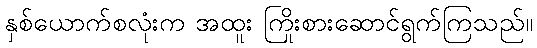
နှစ်ယောက်စလုံးက အထူး ကြိုးစားဆောင်ရွက်ကြသည်။